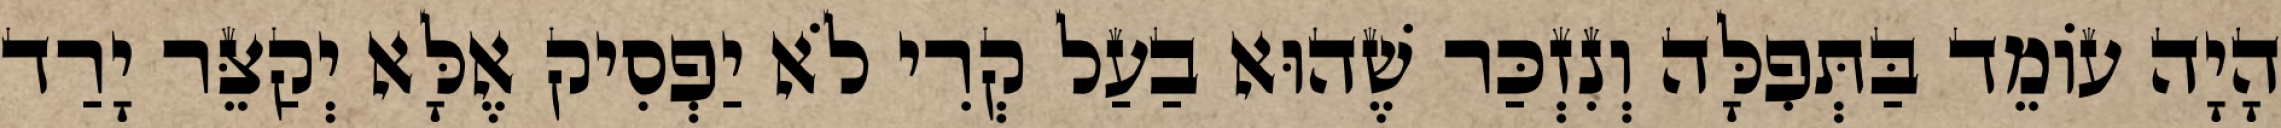
הָיָה עוֹמֵד בַּתְּפִלָּה וְנִזְכַּר שֶׁהוּא בַעַל קְרִי לֹא יַפְסִיק אֶלָּא יְקַצֵּר יָרַד